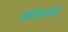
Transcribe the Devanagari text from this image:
कशीयाची